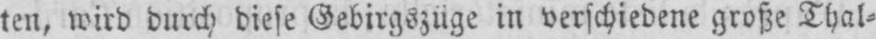
ten, wird durch diese Gebirgszüge in verschiedene große Thal⸗